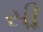
સીૢ